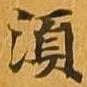
須